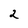
Character: 2